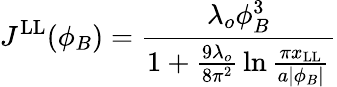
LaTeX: J^{\mathrm{LL}}(\phi_{B})={\frac{\lambda_{o}\phi_{B}^{3}}{1+{\frac{9\lambda_{o}}{8\pi^{2}}}\ln{\frac{\pi x_{\mathrm{LL}}}{a|\phi_{B}|}}}}